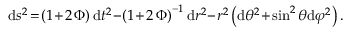
\begin{array} { r } { \begin{array} { r c l } { \displaystyle \mathrm { d } s ^ { 2 } \! = \! \left( 1 \! + \! 2 \, \Phi \right) \mathrm { d } t ^ { 2 } \! - \! \left( 1 \! + \! 2 \, \Phi \right) ^ { - 1 } \mathrm { d } r ^ { 2 } \! - \! r ^ { 2 } \left( \mathrm { d } \theta ^ { 2 } \! + \! \sin ^ { 2 } \theta \mathrm { d } \varphi ^ { 2 } \right) . } \end{array} } \end{array}